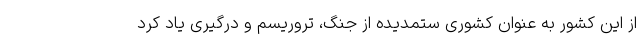
از این کشور به عنوان کشوری ستمدیده از جنگ، تروریسم و درگیری یاد کرد